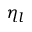
\eta _ { l }